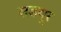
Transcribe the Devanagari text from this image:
सडयूर